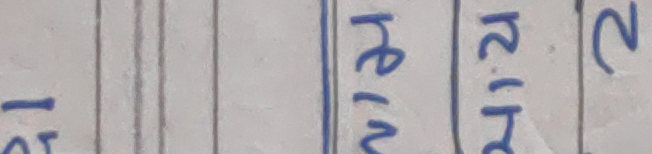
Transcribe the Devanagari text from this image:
१२ रेन ४.१२ २